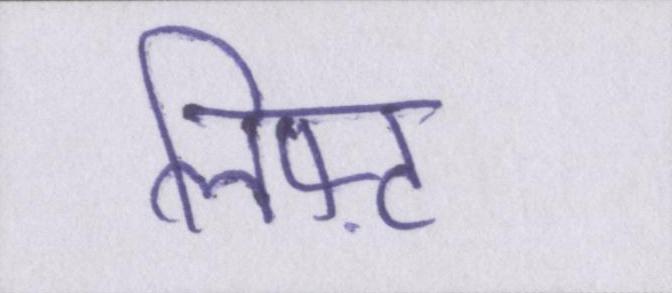
लिफ़्ट